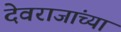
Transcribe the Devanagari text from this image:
देवराजांच्या